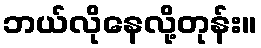
ဘယ်လိုနေလို့တုန်း။